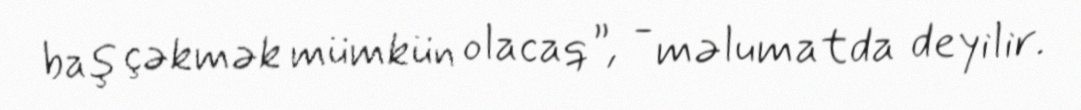
baş çəkmək mümkün olacaq”, - məlumatda deyilir.